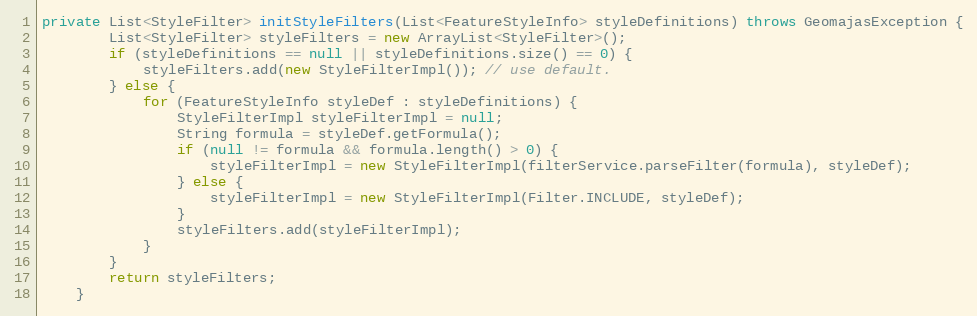
Language: Java
private List<StyleFilter> initStyleFilters(List<FeatureStyleInfo> styleDefinitions) throws GeomajasException {
		List<StyleFilter> styleFilters = new ArrayList<StyleFilter>();
		if (styleDefinitions == null || styleDefinitions.size() == 0) {
			styleFilters.add(new StyleFilterImpl()); // use default.
		} else {
			for (FeatureStyleInfo styleDef : styleDefinitions) {
				StyleFilterImpl styleFilterImpl = null;
				String formula = styleDef.getFormula();
				if (null != formula && formula.length() > 0) {
					styleFilterImpl = new StyleFilterImpl(filterService.parseFilter(formula), styleDef);
				} else {
					styleFilterImpl = new StyleFilterImpl(Filter.INCLUDE, styleDef);
				}
				styleFilters.add(styleFilterImpl);
			}
		}
		return styleFilters;
	}